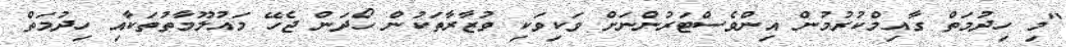
"މި ހިދުމަތް ގާއިމްކުރުމުން އިންވެސްޓަރުންނަށް ވަކިވަކި ވުޒާރާތަކުން ހޯދަން ޖެހޭ މައުލޫމާތުތަކާއި ހިދުމަތް